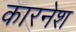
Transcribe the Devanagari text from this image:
कारनेश